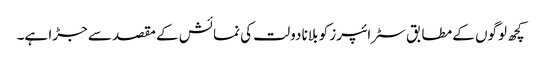
کچھ لوگوں کے مطابق سٹرائپرز کو بلانا دولت کی نمائش کے مقصد سے جڑا ہے۔